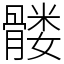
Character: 髅